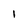
Character: 1